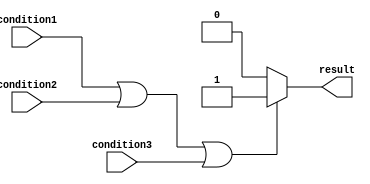
module if_else_logical_OR (
    input condition1,
    input condition2,
    input condition3,
    output reg result
);

always @(*) begin
    if (condition1 || condition2 || condition3) begin
        // Code block to be executed if any condition is true
        result = 1;
    end else begin
        // Code block to be executed if all conditions are false
        result = 0;
    end
end

endmodule